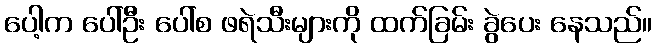
ပေါ့က ပေါ်ဦး ပေါ်စ ဖရဲသီးများကို ထက်ခြမ်း ခွဲပေး နေသည်။